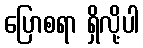
ပြောစရာ ရှိလို့ပါ